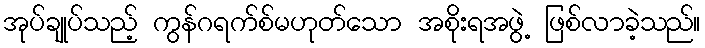
အုပ်ချုပ်သည့် ကွန်ဂရက်စ်မဟုတ်သော အစိုးရအဖွဲ့ ဖြစ်လာခဲ့သည်။